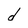
Character: d